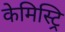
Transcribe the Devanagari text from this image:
केमिस्ट्रि